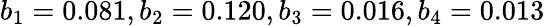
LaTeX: b_{1}=0.081,b_{2}=0.120,b_{3}=0.016,b_{4}=0.013